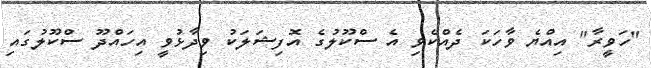
"ހަވީރާ" އިއްޔެ ވާހަކަ ދެއްކެވި އެ ސްކޫލުގެ އޮފިޝަލަކު ވިދާޅުވީ އިހައްދޫ ސްކޫލުގައި